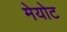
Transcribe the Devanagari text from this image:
मेयोट